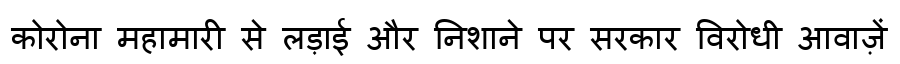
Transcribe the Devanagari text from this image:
कोरोना महामारी से लड़ाई और निशाने पर सरकार विरोधी आवाज़ें